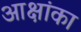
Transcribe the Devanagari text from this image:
आक्षांका